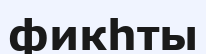
фикһты